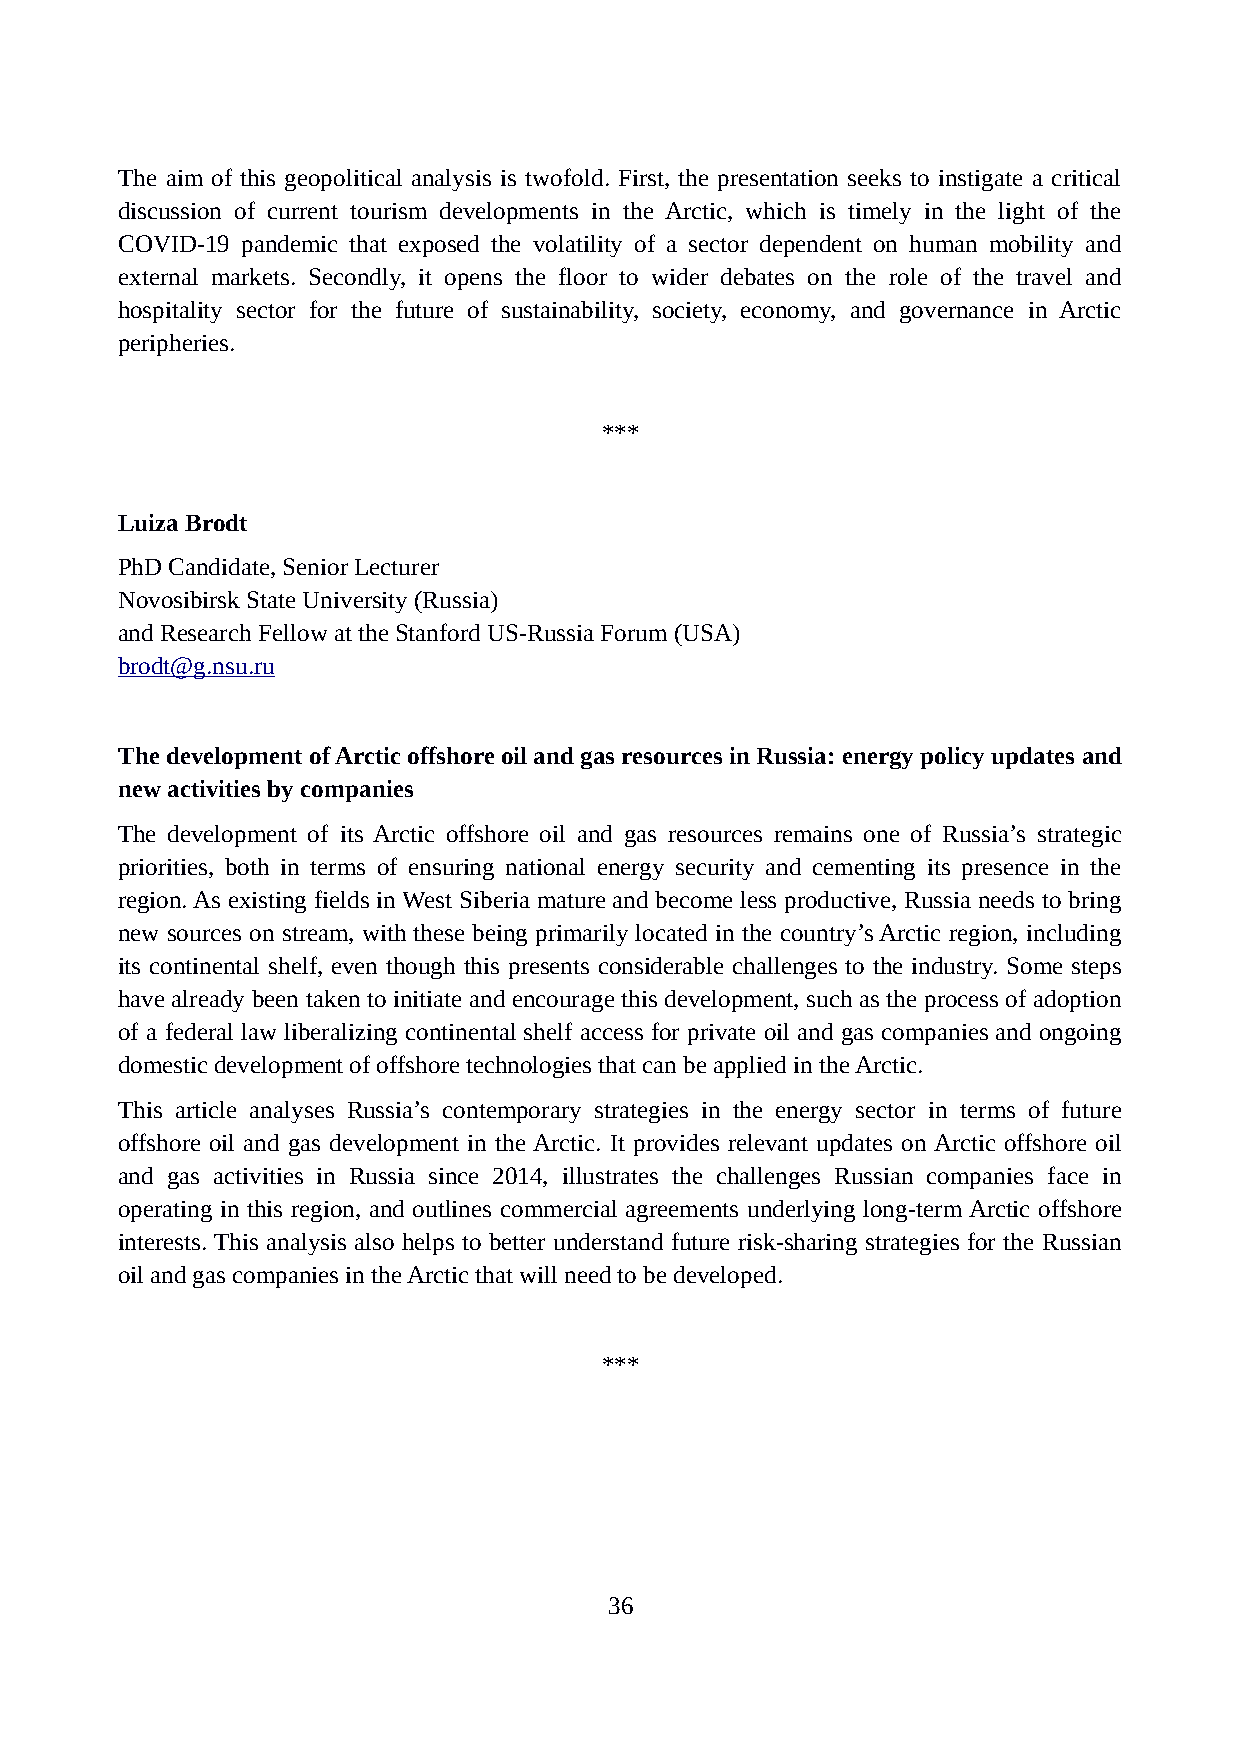
The aim of this geopolitical analysis is twofold. First, the presentation seeks to instigate a critical
 discussion of current tourism developments in the Arctic, which is timely in the light of the
 COVID-19 pandemic that exposed the volatility of a sector dependent on human mobility and
 external markets. Secondly, it opens the floor to wider debates on the role of the travel and
 hospitality sector for the future of sustainability, society, economy, and governance in Arctic
 peripheries.
 ***
 Luiza Brodt
 PhD Candidate, Senior Lecturer
 Novosibirsk State University (Russia)
 and Research Fellow at the Stanford US-Russia Forum (USA)
 brodt@g.nsu.ru
 The development of Arctic offshore oil and gas resources in Russia: energy policy updates and
 new activities by companies
 The development of its Arctic offshore oil and gas resources remains one of Russia’s strategic
 priorities, both in terms of ensuring national energy security and cementing its presence in the
 region. As existing fields in West Siberia mature and become less productive, Russia needs to bring
 new sources on stream, with these being primarily located in the country’s Arctic region, including
 its continental shelf, even though this presents considerable challenges to the industry. Some steps
 have already been taken to initiate and encourage this development, such as the process of adoption
 of a federal law liberalizing continental shelf access for private oil and gas companies and ongoing
 domestic development of offshore technologies that can be applied in the Arctic.
 This article analyses Russia’s contemporary strategies in the energy sector in terms of future
 offshore oil and gas development in the Arctic. It provides relevant updates on Arctic offshore oil
 and gas activities in Russia since 2014, illustrates the challenges Russian companies face in
 operating in this region, and outlines commercial agreements underlying long-term Arctic offshore
 interests. This analysis also helps to better understand future risk-sharing strategies for the Russian
 oil and gas companies in the Arctic that will need to be developed.
 ***
 36